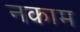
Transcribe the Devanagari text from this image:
नकाम